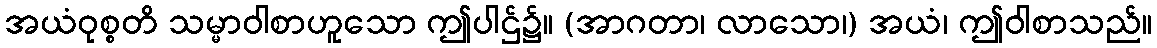
အယံဝုစ္စတိ သမ္မာဝါစာဟူသော ဤပါဌ်၌။ (အာဂတာ၊ လာသော၊) အယံ၊ ဤဝါစာသည်။